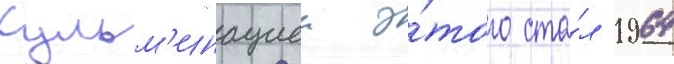
Кульм'инациеи э́того ста́л 1964